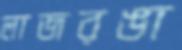
লাজরঙা